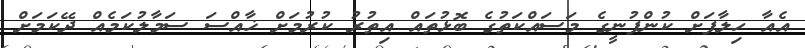
އެއާ ހިލާފަށް ކުންފުނީގެ މަސައްކަތުގެ ބޮޅުތައް އިތުރު ކުރުމަށް ޚާއްސަ ސަމާލުކަމެއް ދޭކަމަށް